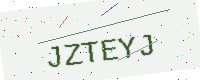
Text: JZTEYJ